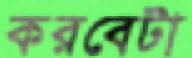
করবেটা